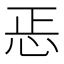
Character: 𢘫